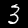
Label: 3